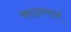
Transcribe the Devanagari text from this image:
काढल्यानं